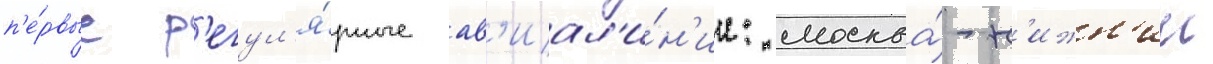
п'е́рвые р'егул'я́рные ав'иал'и́н'ии: москва́-н'ижн'ии